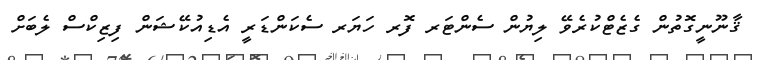
ޤާނޫނީގޮތުން ގެޒެޓްކުރެވޭ ލިޔުން ސެންޓަރ ފޮރ ހަޔަރ ސެކަންޑަރީ އެޑިއުކޭޝަން ފިޒިކްސް ލެބަށް